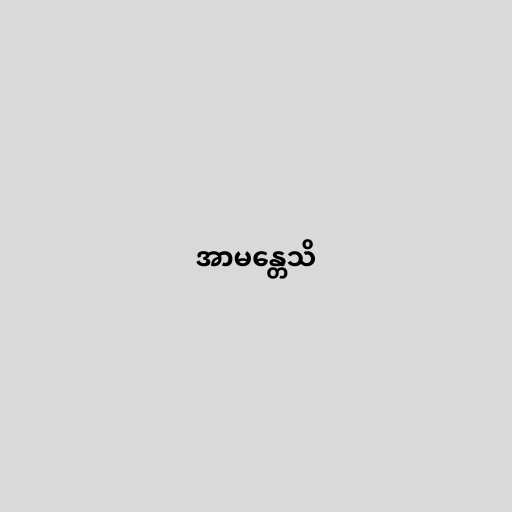
အာမန္တေသိ